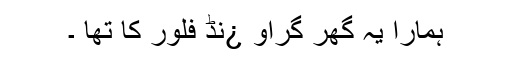
ہمارا یہ گھر گراو ¿نڈ فلور کا تھا ۔